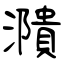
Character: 濻